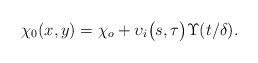
LaTeX: \begin{align*}\chi_0(x,y) = \chi_o + \upsilon_i\big(s,\tau\big)\Upsilon(t/\delta).\end{align*}